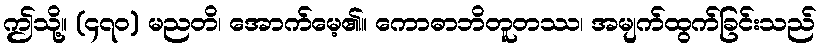
ဤသို့။ (၄၇၀) မညတိ၊ အောက်မေ့၏။ ကောဓာဘိတူတဿ၊ အမျက်ထွက်ခြင်းသည်